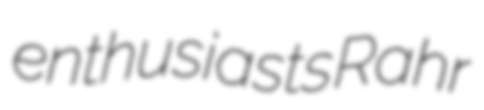
enthusiasts Rahr